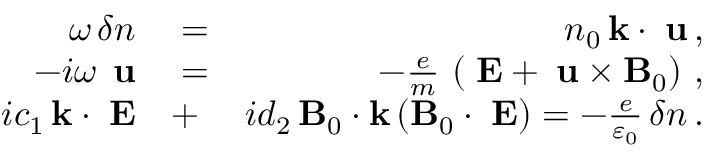
\begin{array} { r l r } { \omega \, \delta n } & { { } = } & { n _ { 0 } \, { \bf k } \cdot { \bf \delta u } \, , } \\ { - i \omega \, { \bf \delta u } } & { { } = } & { - \frac { e } { m } \, \left( { \bf \delta E } + { \bf \delta u } \times { \bf B } _ { 0 } \right) \, , } \\ { i c _ { 1 } \, { \bf k } \cdot { \bf \delta E } } & { { } + } & { i d _ { 2 } \, { \bf B } _ { 0 } \cdot { \bf k } \left( { \bf B } _ { 0 } \cdot { \bf \delta E } \right) = - \frac { e } { \varepsilon _ { 0 } } \, \delta n \, . } \end{array}